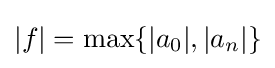
|f|=\max\{|a_{0}|,|a_{n}|\}